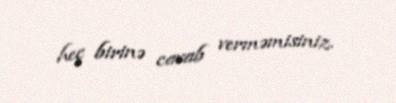
heç birinə cavab verməmisiniz.